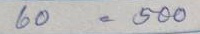
60 = 500